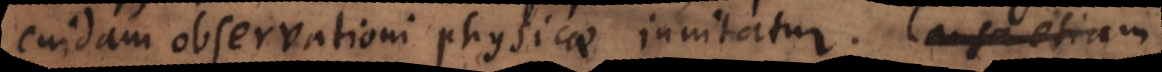
cuidam observationi physicae innitatur. Causa eti